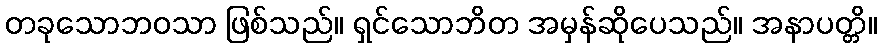
တခုသောဘဝသာ ဖြစ်သည်။ ရှင်သောဘိတ အမှန်ဆိုပေသည်။ အနာပတ္တိ။